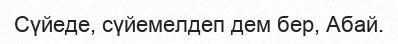
Сүйеде, сүйемелдеп дем бер, Абай.